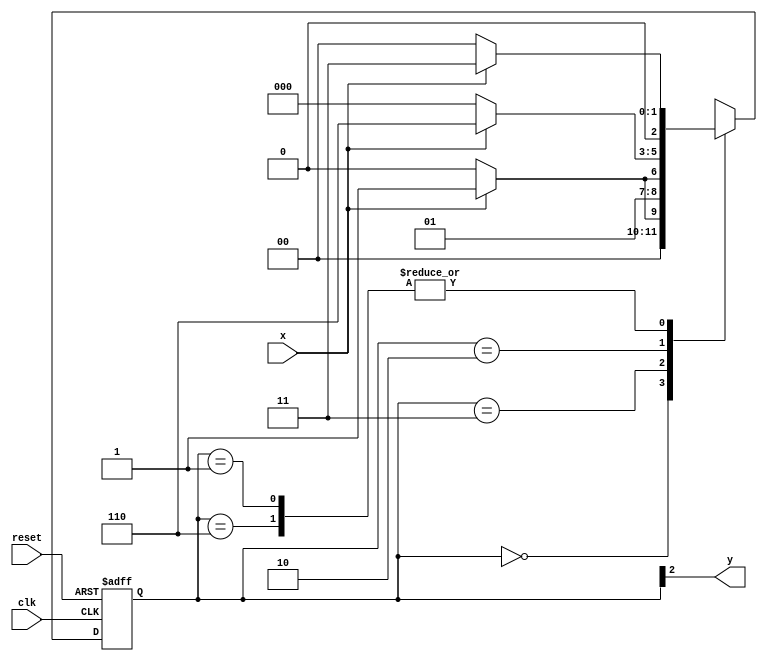
// ---------------
// Moore - Mquinas de estado finito - Moore FSM
// Nome: Josemar Alves Caetano
// Matrcula: 448662
// Data: 20/09/2012
// ----------------

// ----------------
// Moore FSM
// ----------------

// Definio de constantes
`define found 1
`define notfound 0

// FSM por Moore
module moore1101(y, x, clk, reset);
output y;
input x;
input clk;
input reset;

reg y;

parameter //Identificadores de estado
 start = 3'b000,
 id1 = 3'b001,
 id11 = 3'b011,
 id110 = 3'b010,
 id1101 = 3'b110; // Sinal encontrado
 
reg [2:0] E1; // Estado atual das variveis
reg [2:0] E2; // Prximo estado lgico de sada

//Prximo estado lgico
 always @( x or E1 )
  begin
   case( E1 )
    start:
     if ( x )
      E2 = id1;
     else
      E2 = start;
    id1:
     if ( x )
      E2 = id11;
     else
      E2 = start;
    id11:
     if ( x )
      E2 = id11;
     else
      E2 = id110;
    id110:
     if ( x )
      E2 = id1101;
     else
      E2 = start;
    id1101:
     if ( x )
      E2 = id11;
     else
      E2 = start;
    default: // Estado indefinido
      E2 = 3'bxxx;
 endcase
 
end //Sempre em sinal ou mudana de estado

// Variveis de estado
  always @( posedge clk or negedge reset )
   begin
    if ( reset )
     E1 = E2; //Atualize o estado atual
    else
     E1 = 0; // reset
   end //Sempre em mudana de sinal
	
// Sada lgica
  always @( E1 )
   begin
    y = E1[2]; // Primeiro bit do valor do estado (indicador MOORE)
   end // always at state changing
	
endmodule // moore1101